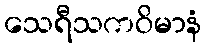
သေရီသကဝိမာနံ